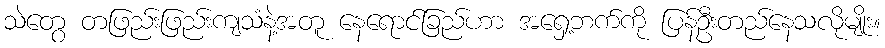
သဲတွေ တဖြည်းဖြည်းကျသံနဲ့အတူ နေရောင်ခြည်ဟာ အရှေ့ဘက်ကို ပြန်ဦးတည်နေသလိုမျိုး။